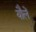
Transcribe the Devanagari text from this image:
यौलें